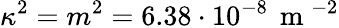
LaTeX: \kappa^{2}=m^{2}=6.38\cdot 10^{-8}\, \mathrm{~m~}^{-2}